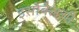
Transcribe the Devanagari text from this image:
इसोबेलची